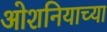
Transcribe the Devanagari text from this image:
ओशनियाच्या